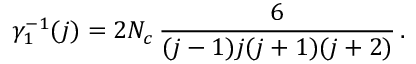
\, \gamma _ { 1 } ^ { - 1 } ( j ) = 2 N _ { c } \, \frac 6 { ( j - 1 ) j ( j + 1 ) ( j + 2 ) } \, .